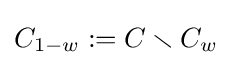
C_{1-w}:=C\smallsetminus C_{w}